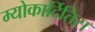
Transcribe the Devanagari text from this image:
म्योकार्दितिस